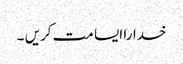
خدارا ایسا مت کریں ۔